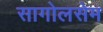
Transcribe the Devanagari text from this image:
सागोलसेम